Medical and sanitary report of the native army of Bengal for the year
Year: 1878
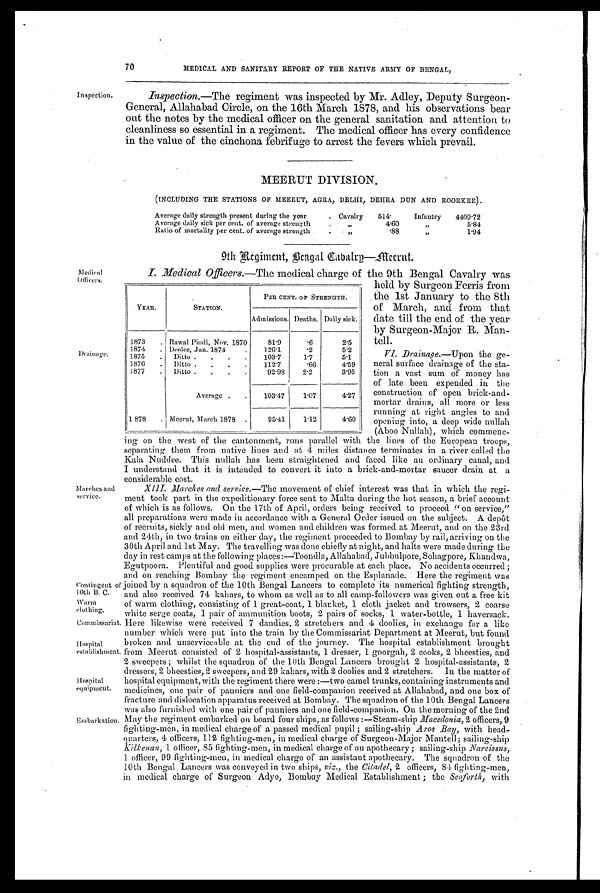
Marches and
service.
Contingent of
10th B. C.
W'arm
Commissariat.
Hospital
establishment.
Hospital
equipment.
Embarkation
70
MEDICAL AND SANITARY REPORT OF THE NATIVE ARMY OF BENGAL,
Inspection.
Inspection.—The regiment was inspected by Mr. Adley, Deputy Surgeon-
General, Allahabad Circle, on the 16th March 1878, and his observations bear
out the notes by the medical officer on the general sanitation and attention to
cleanliness so essential in a regiment. The medical officer has every confidence
in the value of the cinchona febrifuge to arrest the fevers which prevail.
Medical
Officers.
Drainage.
MEERUT DIVISION.
(INCLUDING THE STATIONS OF MEERUT, AGRA, DELHI, DEHRA DUN AND ROORKEE).
Average daily strength present during the year
. Cavalry 514. Infantry 4409'72
Average daily sick per cent. of average strength
.
, ,
4.60
, ,
5.84
Ratio of mortality per cent, of average strength
.
. ,,
.88
, ,
1.94
9th Regiment, Bengal Cabalry—Meerut.
I. Medical Officers.—The medical charge of the 9th Bengal Cavalry was
held by Surgeon Ferris from
the 1st January to the 8th
of March, and from that
date till the end of the year.
by Surgeon-Major R. Man-
tell.
VI. Drainage. —Upon the ge-
neral surface drainage of the sta-
tion a vast sum of money has
of late been expended in the
construction of open brick-and-
mortar drains, all more or less
running at right angles to and
opening into, a deep wide nullah
(Aboo Nullah), which commenc-
ing on the west of the cantonment, runs parallel with the lines of the European troops,
separating them from native lines and at 4 miles distance terminates in a river called the
Kala Nuddee. This nullah has been straightened and faced like an ordinary canal, and
I understand that it is intended to convert it into a brick-and-mortar saucer drain at a
considerable cost.
XIII. Marches and service. —The movement of chief interest was that in which the regi-
ment took part in the expeditionary force sent to Malta during the hot season, a brief account
of which is as follows. On the 17th of April, orders being received to proceed "on service,"
all preparations were made in accordance with a General Order issued on the subject. A depôt
of recruits, sickly and old men, and women and children was formed at Meerut, and on the 23rd
and 24th, in two trains on either day, the regiment proceeded to Bombay by rail, arriving on the
30th April and 1st May. The travelling was done chiefly at night, and halts were made during the
day in rest camps at the following places :—Toondla, Allahabad, Jubbulpore, Sohagpore, Khandwa,
Egutpoora. Plentiful and good supplies were procurable at each place. No accidents occurred ;
and on reaching Bombay the regiment encamped on the Esplanade. Here the regiment was
joined by a squadron of the 10th Bengal Lancers to complete its numerical fighting strength,
and also received 74 kahars, to whom as well as to all camp-followers was given out a free kit
of warm clothing, consisting of 1 great-coat, 1 blanket, 1 cloth jacket and trowsers, 2 coarse
white serge coats, 1 pair of ammunition boots, 2 pairs of socks, 1 water-bottle, 1 haversack.
Here likewise were received 7 dandies, 2 stretchers and 4 doolies, in exchange for a like
number which were put into the train by the Commissariat Department at Meerut, but found
broken and unserviceable at the end of the journey. The hospital establishment brought
from Meerut consisted of 2 hospital-assistants, 1 dresser, 1 goorgah, 2 cooks, 2 bheesties, and
2 sweepers ; whilst the squadron of the 10th Bengal Lancers brought 2 hospital-assistants, 2
dressers, 2 bheesties, 2 sweepers, and 29 kahars, with 2 doolies and 2 stretchers. In the matter of
hospital equipment, with the regiment there were :—two camel trunks, containing instruments and
medicines, one pair of panniers and one field-companion received at Allahabad, and one box of
fracture and dislocation apparatus received at Bombay. The squadron of the 10th Bengal Lancers
was also furnished with one pair of panniers and one field-companion. On the morning of the 2nd
May the regiment embarked on board four ships, as follows :—Steam-ship Macedonia, 2 officers, 9
fighting-men, in medical charge of a passed medical pupil ; sailing-ship Aros Bay, with head-
quarters, 4 officers, 112 fighting-men, in medical charge of Surgeon-Major Mantell ; sailing-ship
Kilkenan, 1 officer, 85 fighting-men, in medical charge of au apothecary ; sailing-ship Narcissus,
1 officer, 99 fighting-men, in medical charge of an assistant apothecary. The squadron of the
10th Bengal Lancers was conveyed in two ships, viz ., the Citadel, 2 officers, 84 fighting-men,
in medical charge of Surgeon Adye, Bombay Medical Establishment ; the Seaf or t h, w i t h
YEAR.
STATION.
PER CENT. OF STRENGTH.
Admissions. Deaths. Daily sick,
1873
. Rawal Pindi, Nov. 1870
81.9
. 6
2.5
1874
. Deolee, Jan. 1874
.
126.1
. 2
5.2
1875
.
Ditto .
.
.
.
103.7
1.7
5.1
1876
.
Ditto .
. . .
112.7
. 6 6
4.59
1877
.
Ditto .
.
.
.
92.98
2.2
3.95
Average .
.
103.47
1.07
4.27
1 878
. Meerut, March 1878 .
95.41
1.12
4.60